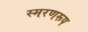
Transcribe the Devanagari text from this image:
स्मरणरूप